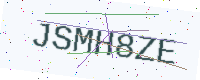
Text: JSMH8ZE